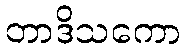
တာဒိသကော